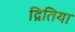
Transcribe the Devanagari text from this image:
द्रितिया